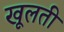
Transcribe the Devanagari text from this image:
खूलती